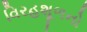
વિરહશૂળનો